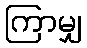
ကြာမျှ